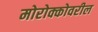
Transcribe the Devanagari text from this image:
मोरोक्कोवरील